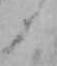
と